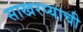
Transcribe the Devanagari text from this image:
साखरप्याची